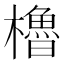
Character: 櫓